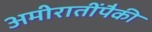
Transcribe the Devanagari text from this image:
अमीरातींपैकी